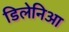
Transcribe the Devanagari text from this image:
डिलेनिआ